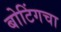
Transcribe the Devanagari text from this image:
बोटिंगचा